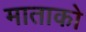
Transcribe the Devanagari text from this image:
माताको